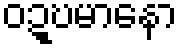
ဝဍ္ဎမာနော